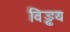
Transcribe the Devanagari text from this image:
विड्ढय